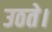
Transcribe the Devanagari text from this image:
उठते।